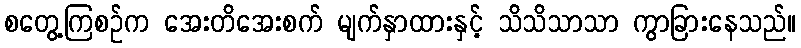
စတွေ့ကြစဉ်က အေးတိအေးစက် မျက်နှာထားနှင့် သိသိသာသာ ကွာခြားနေသည်။